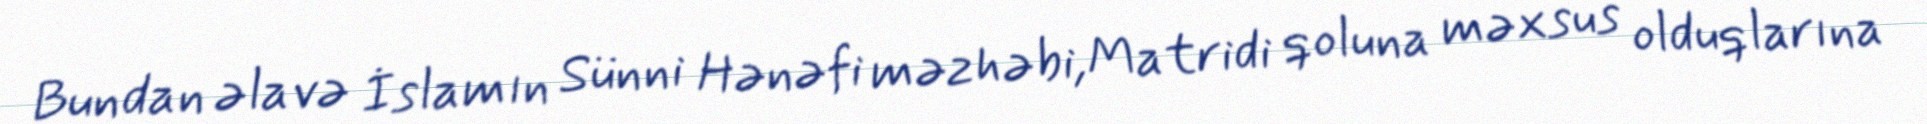
Bundan əlavə İslamın Sünni Hənəfi məzhəbi,Matridi qoluna məxsus olduqlarına